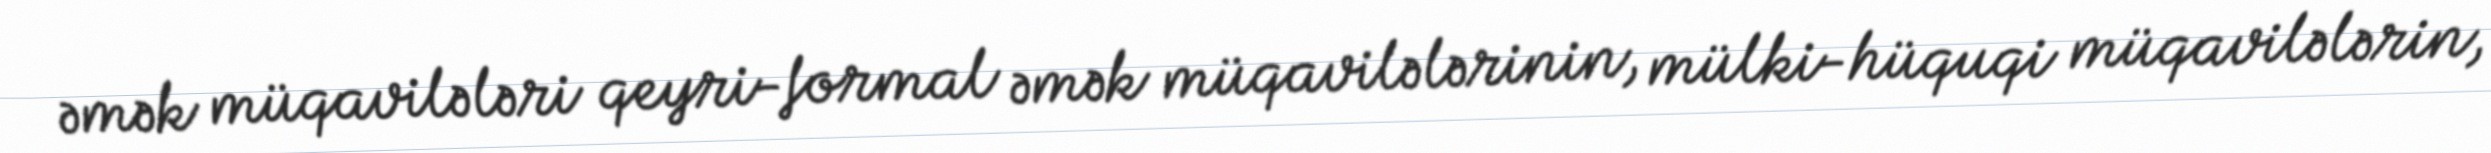
əmək müqavilələri qeyri-formal əmək müqavilələrinin, mülki-hüquqi müqavilələrin,